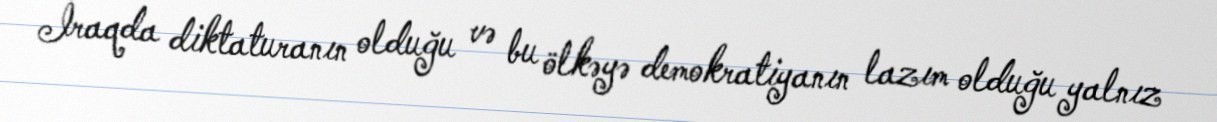
İraqda diktaturanın olduğu və bu ölkəyə demokratiyanın lazım olduğu yalnız